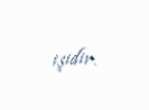
işidir.